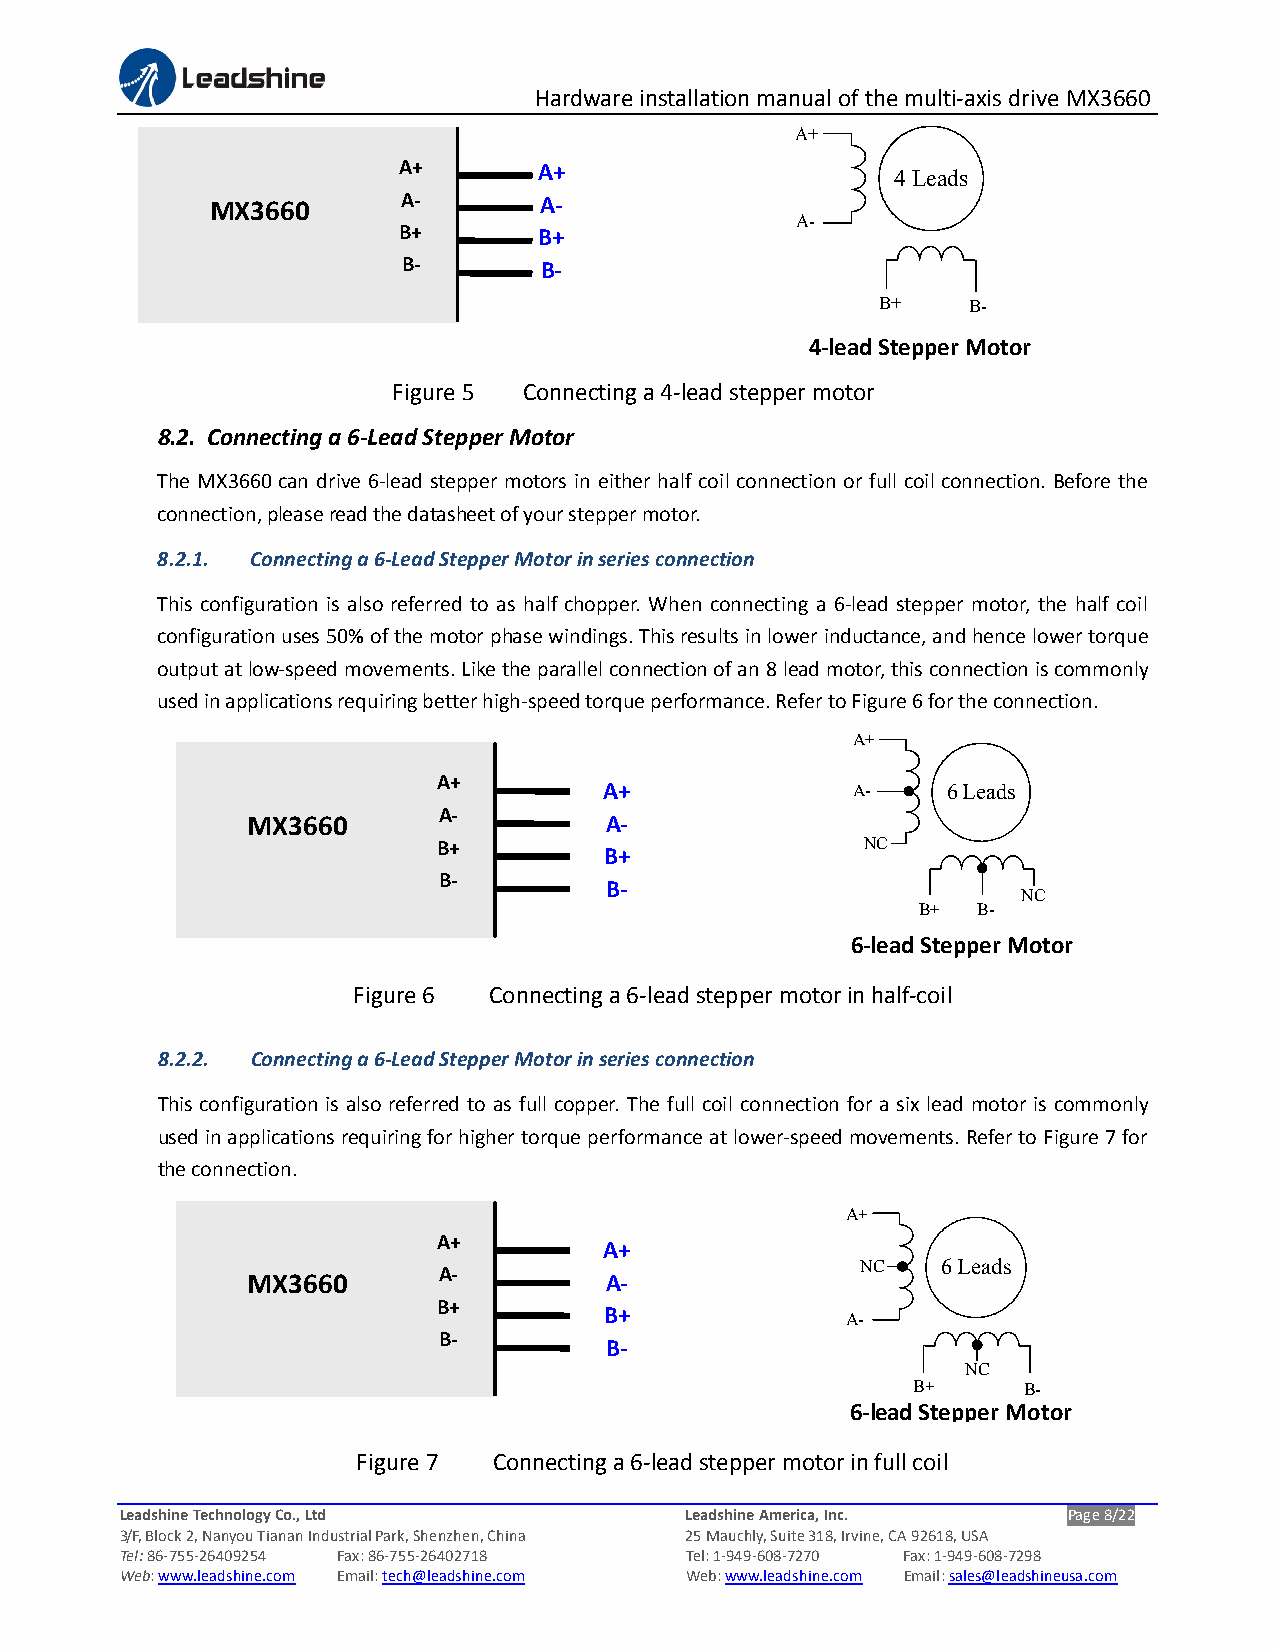
Hardware installation manual of the multi-axis drive MX3660
 A+
 A+        A+                     4 Leads
 MX3660       A-       A-
 A-
 B+        B+
 B-       B-
 B+    B-
 4-lead Stepper Motor
 Figure 5 Connecting a 4-lead stepper motor
 8.2. Connecting a 6-Lead Stepper Motor
 The MX3660 can drive 6-lead stepper motors in either half coil connection or full coil connection. Before the
 connection, please read the datasheet of your stepper motor.
 8.2.1. Connecting a 6-Lead Stepper Motor in series connection
 This configuration is also referred to as half chopper. When connecting a 6-lead stepper motor, the half coil
 configuration uses 50% of the motor phase windings. This results in lower inductance, and hence lower torque
 output at low-speed movements. Like the parallel connection of an 8 lead motor, this connection is commonly
 used in applications requiring better high-speed torque performance. Refer to Figure 6 for the connection.
 A+
 A+
 A+              A-     6 Leads
 A-
 MX3660                  A-
 B+                          NC
 B+
 B-
 B-
 NC
 B+  B-
 6-lead Stepper Motor
 Figure 6 Connecting a 6-lead stepper motor in half-coil
 8.2.2. Connecting a 6-Lead Stepper Motor in series connection
 This configuration is also referred to as full copper. The full coil connection for a six lead motor is commonly
 used in applications requiring for higher torque performance at lower-speed movements. Refer to Figure 7 for
 the connection.
 A+
 A+
 A+
 NC   6 Leads
 A-
 MX3660                  A-
 B+
 B+
 A-
 B-
 B-
 NC
 B+      B-
 6-lead Stepper Motor
 Figure 7 Connecting a 6-lead stepper motor in full coil
 Leadshine Technology Co., Ltd        Leadshine America, Inc.   Page 8/22
 3/F, Block 2, Nanyou Tianan Industrial Park, Shenzhen, China 25 Mauchly, Suite 318, Irvine, CA 92618, USA
 Tel: 86-755-26409254 Fax: 86-755-26402718 Tel: 1-949-608-7270 Fax: 1-949-608-7298
 Web: www.leadshine.com Email: tech@leadshine.com Web: www.leadshine.com Email: sales@leadshineusa.com